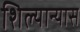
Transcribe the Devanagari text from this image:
शिल्यान्यास